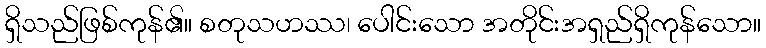
ရှိသည်ဖြစ်ကုန်၏။ စတုသဟဿ၊ ပေါင်းသော အတိုင်းအရှည်ရှိကုန်သော။